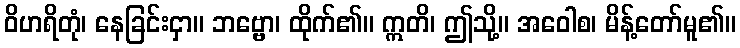
ဝိဟရိတုံ၊ နေခြင်းငှာ။ ဘဗ္ဗော၊ ထိုက်၏။ ဣတိ၊ ဤသို့။ အဝေါစ၊ မိန့်တော်မူ၏။